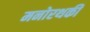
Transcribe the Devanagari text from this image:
मनोरथकी